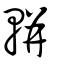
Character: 軿